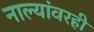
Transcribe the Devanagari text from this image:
नाल्यांवरही